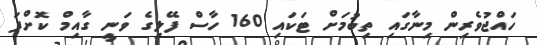
ހައްޖުވެރިން މިނާގައި ތިބުމަށް ޓަކައި 160 ހާސް ފޭލިގެ ވަނީ ގާއިމް ކޮށްފަ